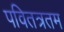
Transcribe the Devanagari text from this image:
पवितत्रतम